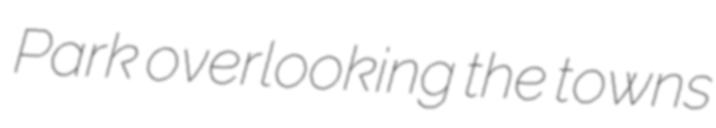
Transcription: Park overlooking the towns